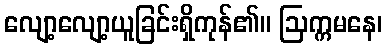
လျော့လျော့ယူခြင်းရှိကုန်၏။ ဩက္ကမနေ၊